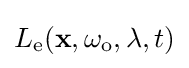
L_{\text{e}}(\mathbf {x} ,\omega _{\text{o}},\lambda ,t)